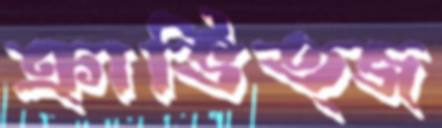
ক্রাভিত্জ